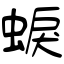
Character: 蜧